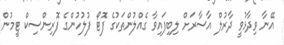
އޭނާ ވިދާޅުވީ ދާރުލް އާސާރަށް ލިބިފައިވާ ގެއްލުންތަކުގެ ފޮޓޯ ފުލުހުންގެ ފޮރިންސިކް ޓީމުން